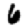
Digit: 6